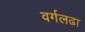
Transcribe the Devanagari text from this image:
वर्गलढा